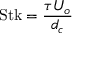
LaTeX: \mathrm { S t k } = { \frac { \tau U _ { o } } { d _ { c } } }